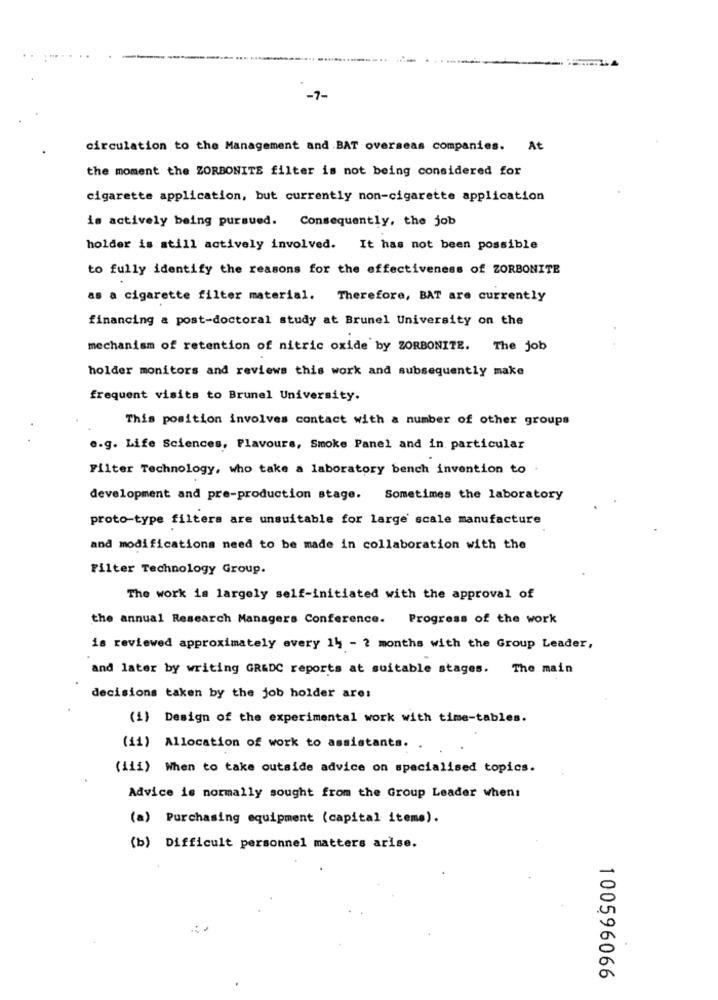
-7-
circulation to the Management and .BAT overseas companies. At
the moment the ZORBONITE filter is not being considered for
cigarette application, but currently non-cigarette application
is actively being pursued. Consequently, the job
holder is still actively involved. It has not been possible
to fully identify the reasons for the effectiveness of ZORBONITE
as a cigarette filter material. Therefore, BAT are currently
financing a post-doctoral study at Brunel University on the
mechanism of retention of nitric oxide by ZORBONITE. The job
holder monitors and reviews this work and subsequently make
frequent visits to Brunel University.
This position involves contact with a number of other groups
e.g. Life Sciences, Flavours, Smoke Panel and in particular
Filter Technology, who take a laboratory bench invention to
development and pre-production stage. Sometimes the laboratory
proto-type filters are unsuitable for large scale manufacture
and modifications need to be made in collaboration with the
Filter Technology Group.
The work is largely self-initiated with the approval of
the annual Research Managers Conference. Progress of the work
is reviewed approximately every 14 - 2 months with the Group Leader,
and later by writing GR&DC reports at suitable stages. The main
decisions taken by the job holder are:
(1) Design of the experimental work with time-tables.
(ii) Allocation of work to assistants.
(iii) When to take outside advice on specialised topics.
Advice is normally sought from the Group Leader when:
(a) Purchasing equipment (capital items).
(b) Difficult personnel matters arise.
100596066